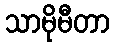
သာမိုမီတာ